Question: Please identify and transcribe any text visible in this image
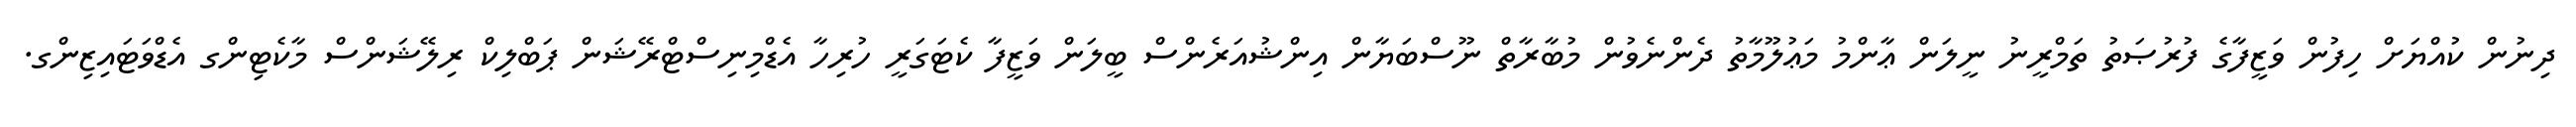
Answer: ދިނުން ކުއްޔަށް ހިފުން ވަޒީފާގެ ފުރުޞަތު ތަމްރީނު ނީލަން ޢާންމު މަޢުލޫމާތު ދެންނެވުން މުބާރާތް ނޫސްބަޔާން އިންޝުއަރެންސް ބީލަން ވަޒީފާ ކެޓަގަރީ ހުރިހާ އެޑްމިނިސްޓްރޭޝަން ޕަބްލިކް ރިލޭޝަންސް މާކެޓިންގ އެޑްވަޓައިޒިންގ.